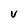
Character: v